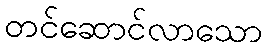
တင်ဆောင်လာသော